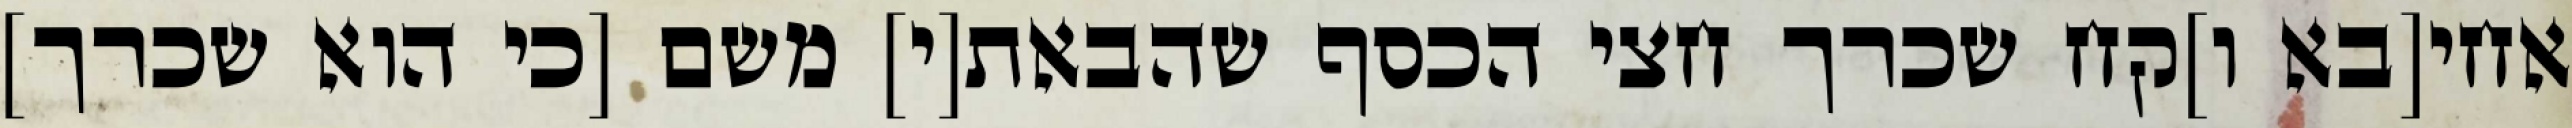
אחי[בא ו]קח שכרך חצי הכסף שהבאת[י] משם [כי הוא שכרך]